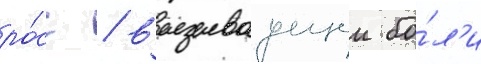
ро́сс / вызываущеи бо́л'и